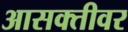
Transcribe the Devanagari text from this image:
आसक्तीवर